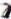
2